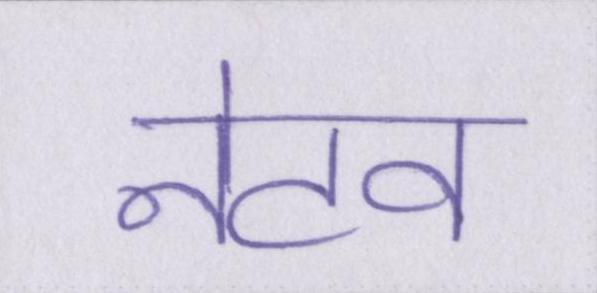
नेटव